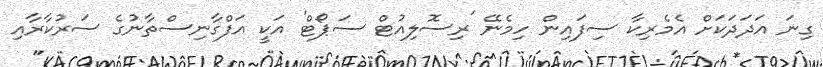
ގިނަ އަދަދަކަށް އެމެރިކާ ސިފައިން ހިމެނޭ 'ރިސޮލިއުޓް ސަޕޯޓް' އަކީ އަފްގާނިސްތާނުގެ ސަރުކާރާއި